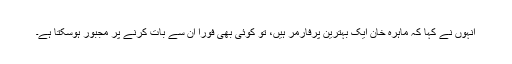
انہوں نے کہا کہ ماہرہ خان ایک بہترین پرفارمر ہیں، تو کوئی بھی فوراً ان سے بات کرنے پر مجبور ہوسکتا ہے۔